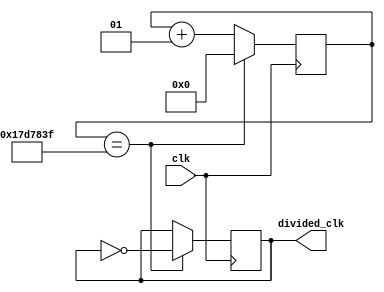
`timescale 1ns / 1ps


module Clk_Div(
input clk, 
output reg divided_clk = 1 
    );

localparam divisor = 24999999;

integer counterValue = 0;


always @ (posedge clk) 
begin
	
	if (counterValue == divisor)
		counterValue <= 0; 
	else
		counterValue <= counterValue + 1; 

end


always @ (posedge clk)
begin
	
	if (counterValue == divisor)
		divided_clk <= ~divided_clk; 
	else
		divided_clk <= divided_clk; 
		
end


endmodule